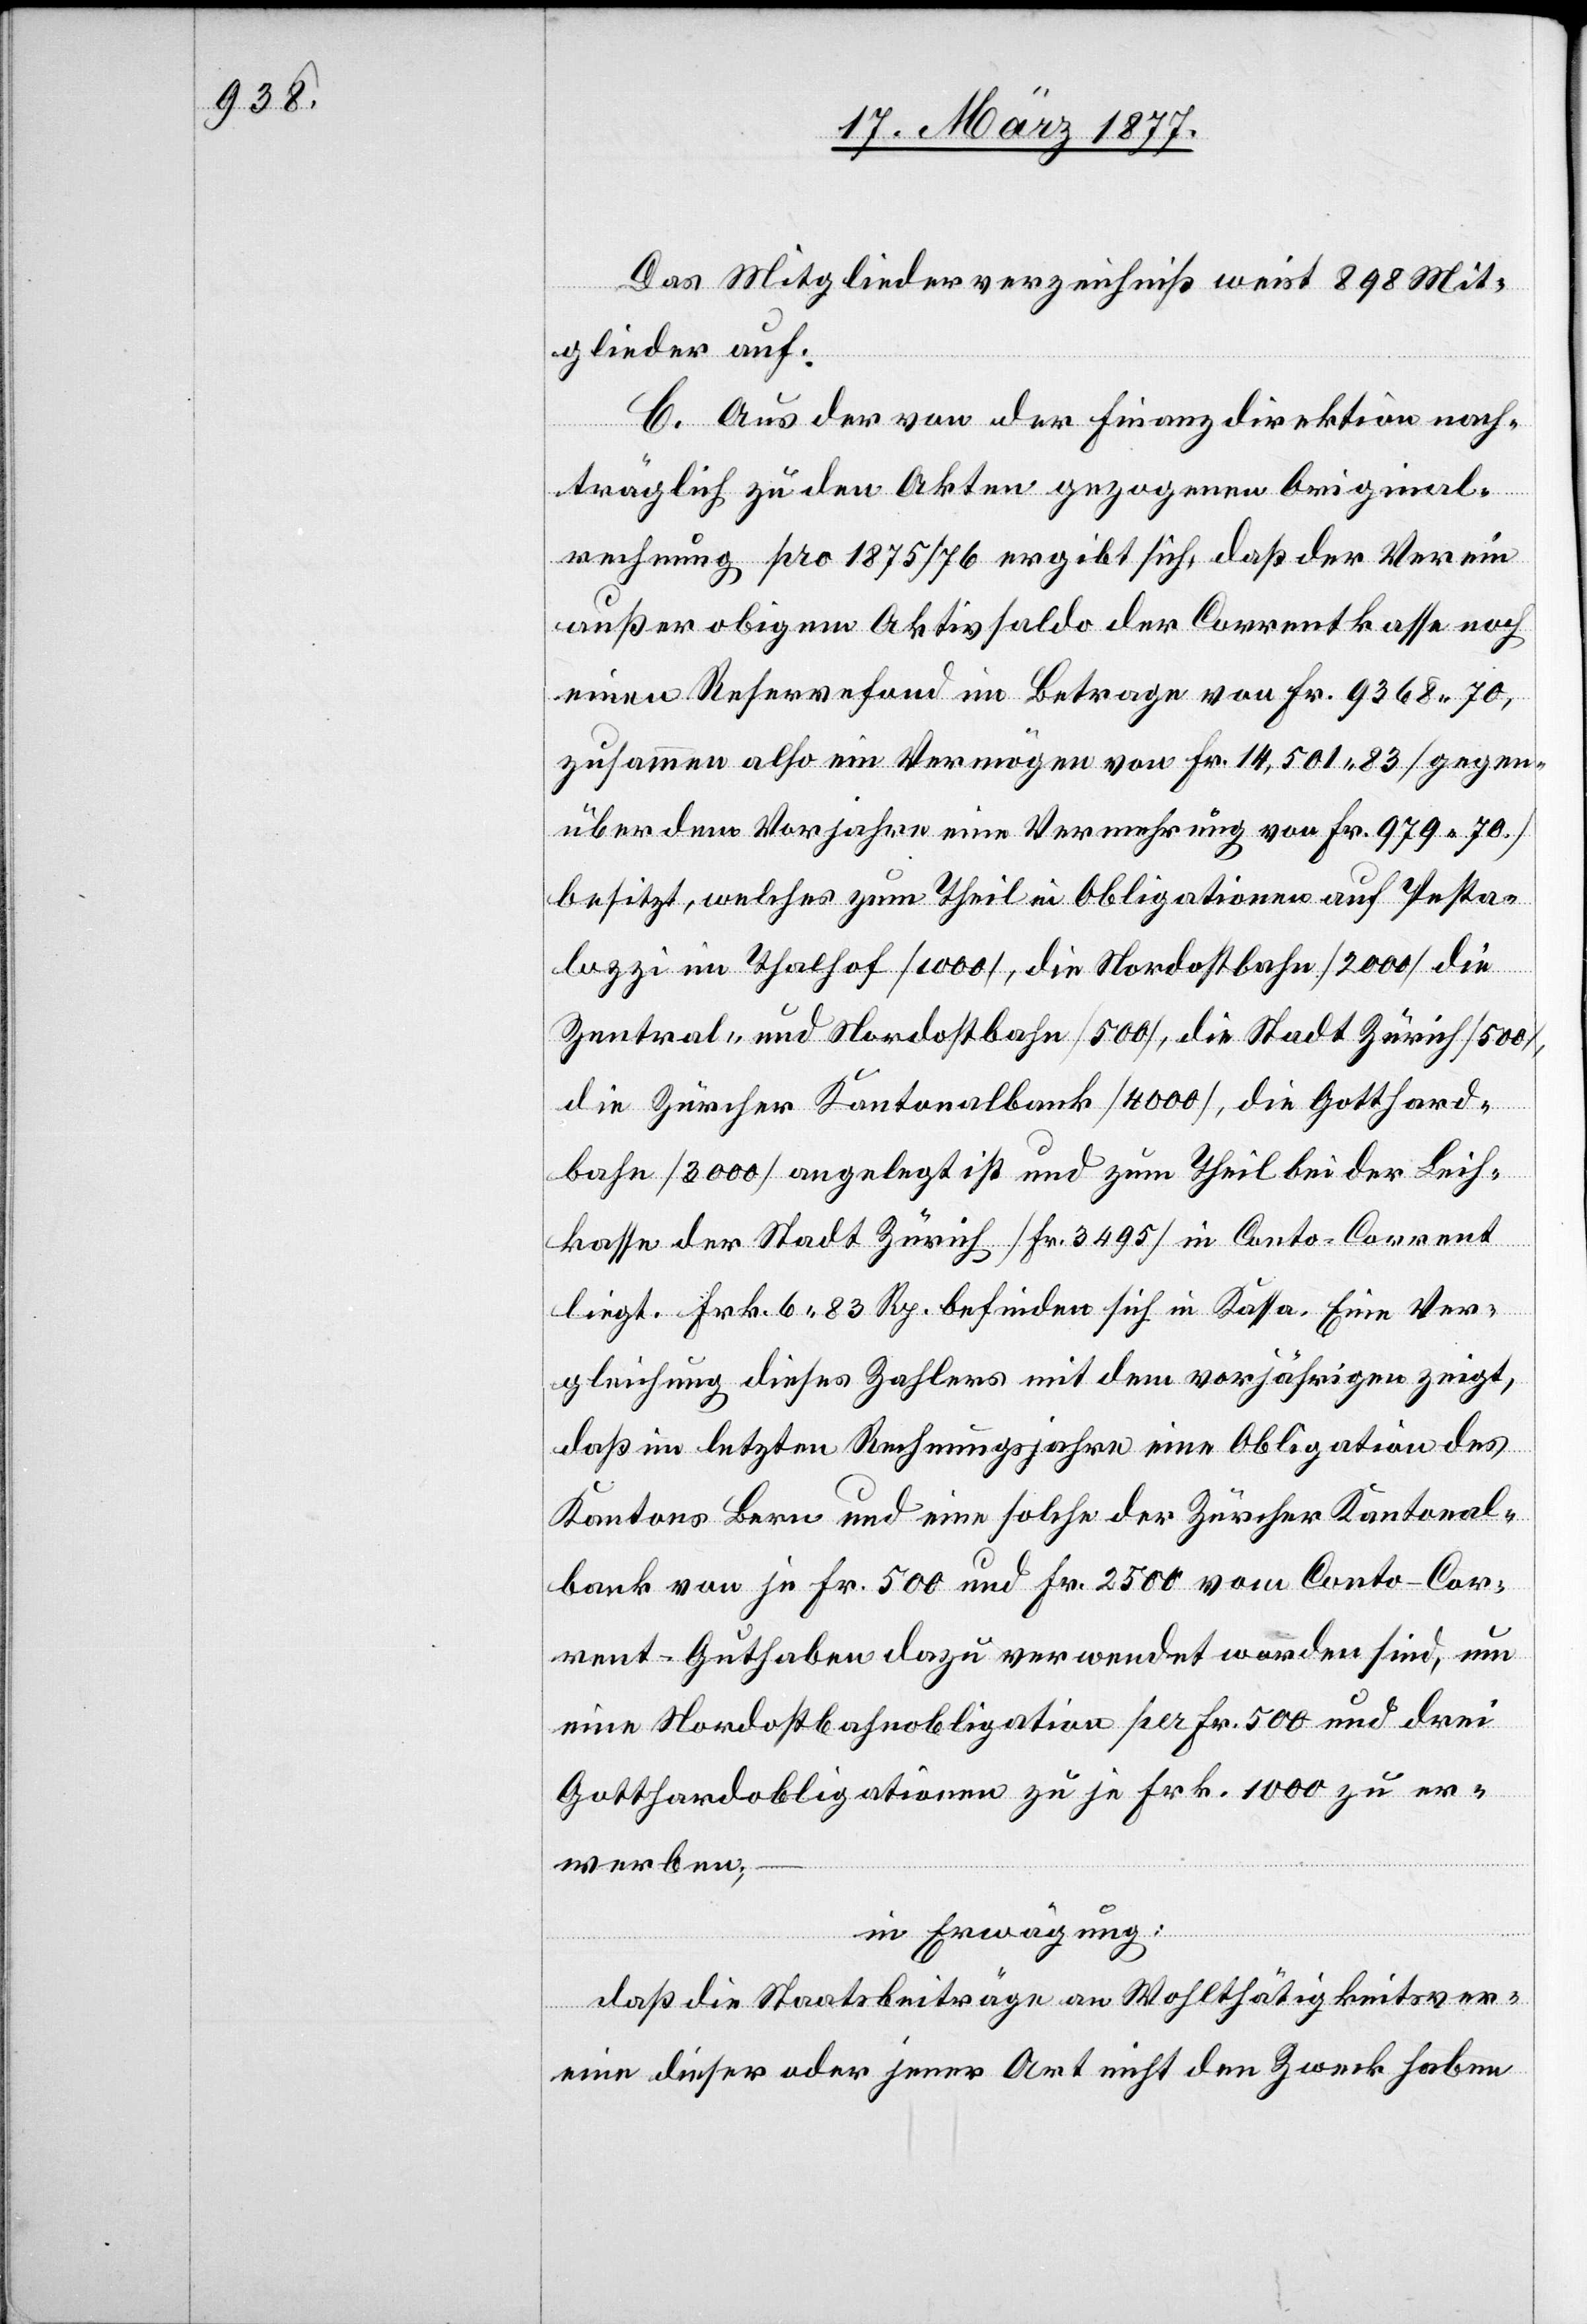
Das Mitgliederverzeichniß weist 898 Mit¬
glieder auf.
C. Aus der von der Finanzdirektion nach¬
träglich zu den Akten gezogenen Original¬
rechnung pro 1875/76 ergibt sich, daß der Verein
außer obigem Aktivsaldo der Correntkasse noch
einen Reservefond im Betrage von Fr. 9368 70,
zusammen also ein Vermögen von Fr. 14,501 83 [gegen¬
über dem Vorjahre eine Vermehrung von Fr. 979 70.]
besitzt, welches zum Theil in Obligationen auf Pesta¬
lozzi im Thalhof [1000], die Nordostbahn [2000], die
Zentral- und Nordostbahn [500], die Stadt Zürich [500],
die Zürcher Kantonalbank [4000], die Gotthard¬
bahn [3000] angelegt ist und zum Theil bei der Leih¬
kasse der Stadt Zürich [Fr. 3495] in Conto-Corrent
liegt. Frk. 6 83 Rp. befinden sich in Kassa. Eine Ver¬
gleichung dieses Zahlers mit dem vorjährigen zeigt,
daß im letzten Rechnungsjahre eine Obligation des
Kantons Bern und eine solche der Zürcher Kantonal¬
bank von je Fr. 500 und Fr. 2500 vom Conto-Cor¬
rent-Guthaben dazu verwendet worden sind, um
eine Nordostbahnobligation per Fr. 500 und drei
Gotthardobligationen zu je Frk. 1000 zu er¬
werben:
in Erwägung:
daß die Staatsbeiträge an Wohlthätigkeitsver¬
eine dieser oder jener Art nicht den Zweck haben